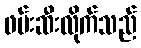
ဖမ်းဆီးလိုက်သည်